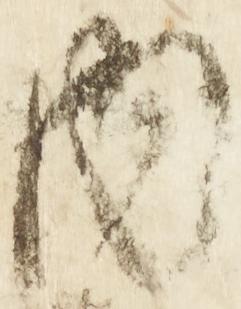
内